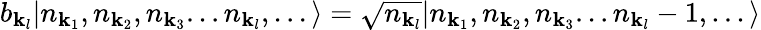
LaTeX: b_{{\mathbf{k}}_{l}}|n_{{\mathbf{k}}_{1}},n_{{\mathbf{k}}_{2}},n_{{\mathbf{k}}_{3}}...n_{{\mathbf{k}}_{l}},...\rangle={\sqrt{n_{{\mathbf{k}}_{l}}}}|n_{{\mathbf{k}}_{1}},n_{{\mathbf{k}}_{2}},n_{{\mathbf{k}}_{3}}...n_{{\mathbf{k}}_{l}}-1,...\rangle